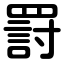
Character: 罸